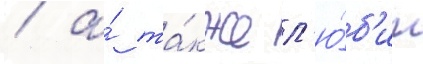
/ а́ та́кже л'ю́б'ит